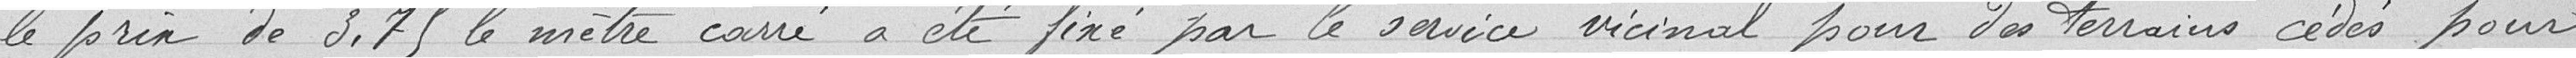
le prix de 3.75 le mètre carré a été fixé par le service vicinal pour des terrains cédés pour